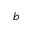
b